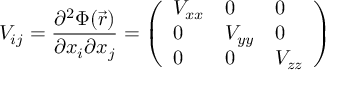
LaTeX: V _ { i j } = { \frac { \partial ^ { 2 } \Phi ( { \vec { r } } ) } { \partial x _ { i } \partial x _ { j } } } = { \left( \begin{array} { l l l } { V _ { x x } } & { 0 } & { 0 } \\ { 0 } & { V _ { y y } } & { 0 } \\ { 0 } & { 0 } & { V _ { z z } } \end{array} \right) }